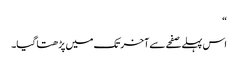
“
اس پہلے صفحے سے آخر تک میں پڑھتا گیا۔